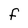
Character: f